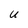
Character: u